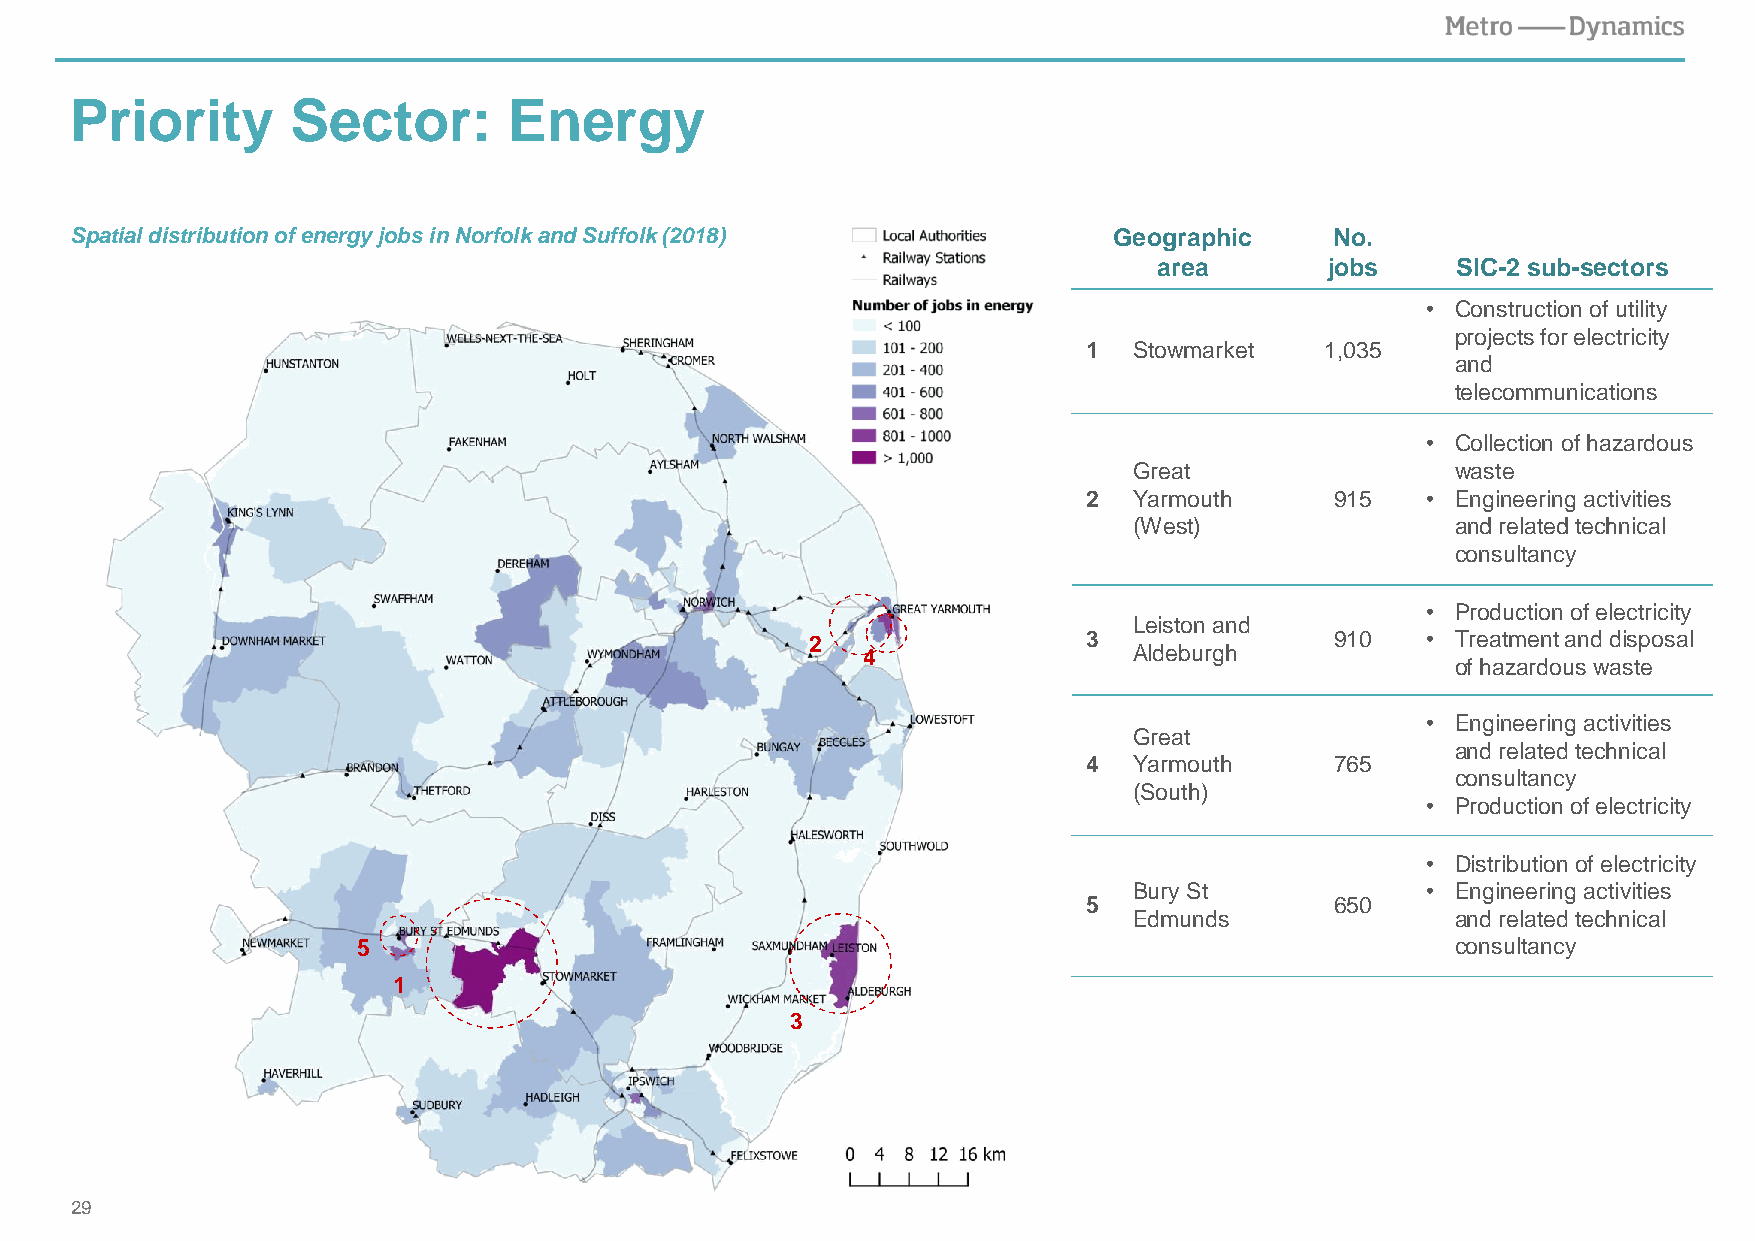
Priority      Sector:        Energy
 Spatial distribution of energy jobs in Norfolk and Suffolk (2018)    Geographic    No.
 area       jobs    SIC-2 sub-sectors
 • Construction of utility
 projects for electricity
 1  Stowmarket   1,035
 and
 telecommunications
 • Collection of hazardous
 Great                waste
 2  Yarmouth     915   • Engineering activities
 (West)               and related technical
 consultancy
 • Production of electricity
 Leiston and
 2                 3               910   • Treatment and disposal
 4                 Aldeburgh
 of hazardous waste
 • Engineering activities
 Great
 and related technical
 4  Yarmouth     765
 consultancy
 (South)
 • Production of electricity
 • Distribution of electricity
 Bury St            • Engineering activities
 5               650
 Edmunds              and related technical
 5                                                                       consultancy
 1
 3
 29